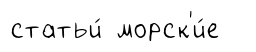
статьи́ морск'и́е